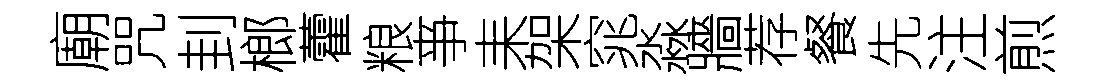
廟咒刲榔藿粮亊耒架窕淼牆荐餐先注煎